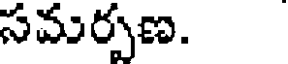
సమర్పణ.